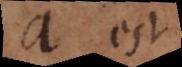
a est